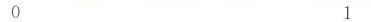
0 1